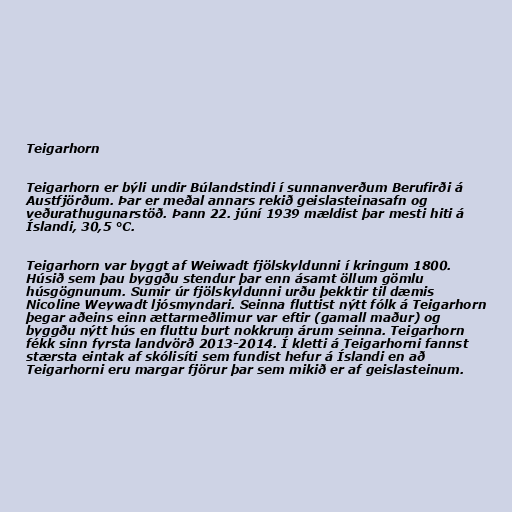
Teigarhorn

Teigarhorn er býli undir Búlandstindi í sunnanverðum Berufirði á
Austfjörðum. Þar er meðal annars rekið geislasteinasafn og
veðurathugunarstöð. Þann 22. júní 1939 mældist þar mesti hiti á
Íslandi, 30,5 °C.

Teigarhorn var byggt af Weiwadt fjölskyldunni í kringum 1800.
Húsið sem þau byggðu stendur þar enn ásamt öllum gömlu
húsgögnunum. Sumir úr fjölskyldunni urðu þekktir til dæmis
Nicoline Weywadt ljósmyndari. Seinna fluttist nýtt fólk á Teigarhorn
þegar aðeins einn ættarmeðlimur var eftir (gamall maður) og
byggðu nýtt hús en fluttu burt nokkrum árum seinna. Teigarhorn
fékk sinn fyrsta landvörð 2013-2014. Í kletti á Teigarhorni fannst
stærsta eintak af skólisíti sem fundist hefur á Íslandi en að
Teigarhorni eru margar fjörur þar sem mikið er af geislasteinum.